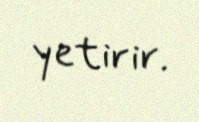
yetirir.